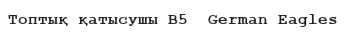
Топтық қатысушы B5  German Eagles